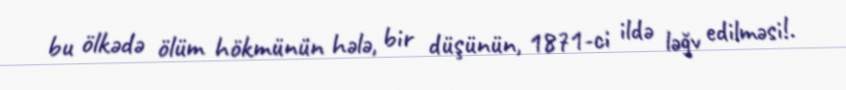
bu ölkədə ölüm hökmünün hələ, bir düşünün, 1871-ci ildə ləğv edilməsi!.